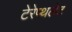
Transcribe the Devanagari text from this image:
टेरेप्थलेट